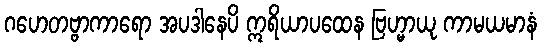
ဂဟေတဗ္ဗာကာရော အပဒါနေပိ ဣရိယာပထေန ဗြဟ္မာယု ကာမယမာနံ